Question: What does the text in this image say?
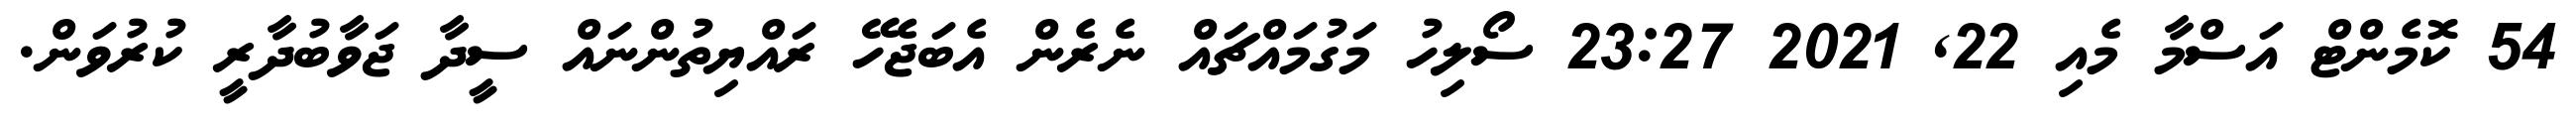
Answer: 54 ކޮމެންޓް އަސްމާ މެއި 22, 2021 23:27 ސޯލިހު މަގުމައްޗައް ނެރެން އެބަޖެހޭ ރައްޔިތުންނައް ސީދާ ޖަވާބުދާރީ ކުރުވަން.